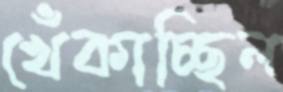
খেঁকাচ্ছিল